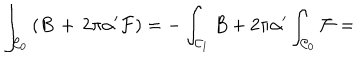
LaTeX: \int _ { { \cal C } _ { 0 } } \left( B \, + \, 2 \pi \alpha ^ { \prime } { \cal F } \right) = - \int _ { { \cal C } _ { 1 } } B + 2 \pi \alpha ^ { \prime } \int _ { { \cal C } _ { 0 } } { \cal F } =